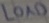
Text: LOAD